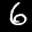
Label: 6